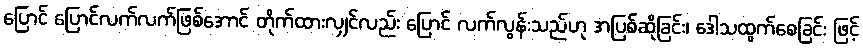
ပြောင် ပြောင်လက်လက်ဖြစ်အောင် တိုက်ထားလျှင်လည်း ပြောင် လက်လွန်းသည်ဟု အပြစ်ဆိုခြင်း၊ ဒေါသထွက်စေခြင်း ဖြင့်